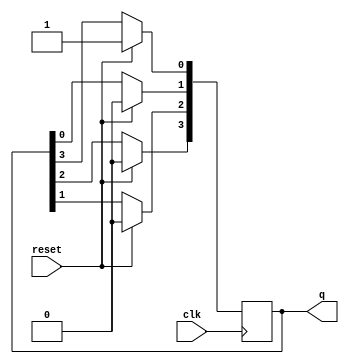
module ring(q,clk,reset);
  output reg [3:0]q;
  input clk,reset;
  always@(negedge clk)
  begin
    if(reset==1'b1)
      begin
      q=4'b0001;
    end
  else
    begin
      q[0]<=q[3];
      q[1]<=q[0];
      q[2]<=q[1];
      q[3]<=q[2];
      
    end 
  end
endmodule


//tst bnch

module t_ring();
  wire [3:0]q;
  reg clk,reset;
  
  ring a1(q,clk,reset);
  
  
  always
  begin
    #10;
    clk=~clk;
  end
  
  initial
  begin
  clk=1'b0;
  reset=1'b1;
  #20;
  reset=1'b0;
end 
endmodule